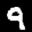
Label: 9